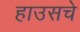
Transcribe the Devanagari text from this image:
हाउसचे